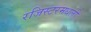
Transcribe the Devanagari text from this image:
रजिस्‍टरमधली